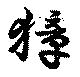
獐